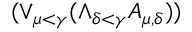
( \lor _ { \mu < \gamma } { ( \land _ { \delta < \gamma } { A _ { \mu , \delta } } ) } )